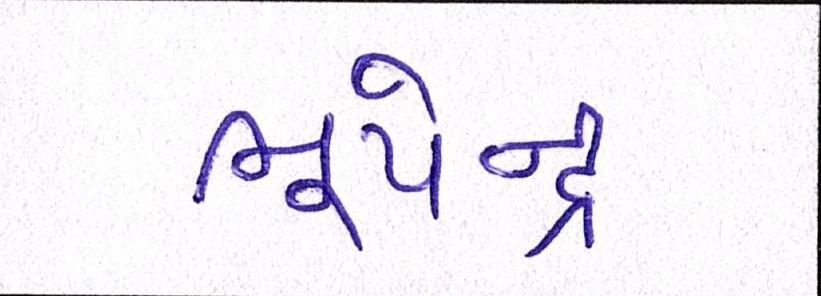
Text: ભૂપેન્દ્ર